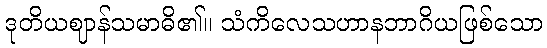
ဒုတိယဈာန်သမာဓိ၏။ သံကိလေသဟာနဘာဂိယဖြစ်သော